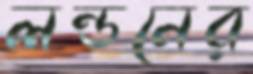
লন্ডনের